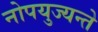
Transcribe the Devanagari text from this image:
नोपयुज्यन्ते